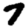
Digit: 7